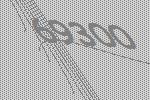
69300